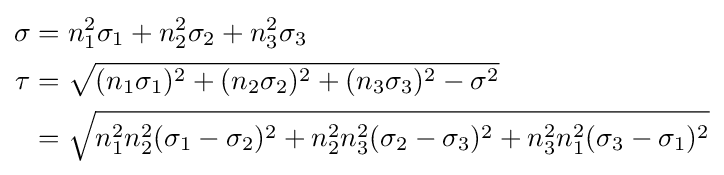
{\begin{aligned}\sigma &=n_{1}^{2}\sigma _{1}+n_{2}^{2}\sigma _{2}+n_{3}^{2}\sigma _{3}\\\tau &={\sqrt {(n_{1}\sigma _{1})^{2}+(n_{2}\sigma _{2})^{2}+(n_{3}\sigma _{3})^{2}-\sigma ^{2}}}\\&={\sqrt {n_{1}^{2}n_{2}^{2}(\sigma _{1}-\sigma _{2})^{2}+n_{2}^{2}n_{3}^{2}(\sigma _{2}-\sigma _{3})^{2}+n_{3}^{2}n_{1}^{2}(\sigma _{3}-\sigma _{1})^{2}}}\end{aligned}}